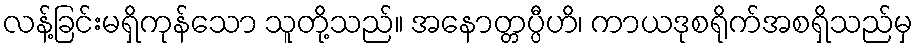
လန့်ခြင်းမရှိကုန်သော သူတို့သည်။ အနောတ္တပ္ပီဟိ၊ ကာယဒုစရိုက်အစရှိသည်မှ